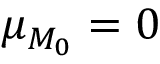
\mu _ { M _ { 0 } } = 0